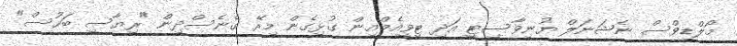
މޯލްޑިވްސް ނެޝަނަލް ޔުނިވާސިޓީ އަދި ޓީވީއެމްއިން ގުޅިގެން މިރޭ ގެނެސްދިން "ރިޔާސީ ބަހުސް"